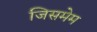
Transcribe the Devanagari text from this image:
जिसमेम